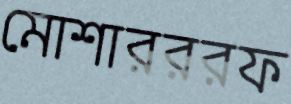
মোশারররফ